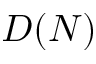
D ( N )